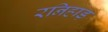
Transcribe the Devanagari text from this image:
रनिहाड़